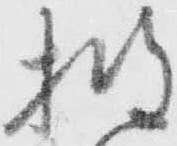
披